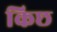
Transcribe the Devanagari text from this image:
किछ